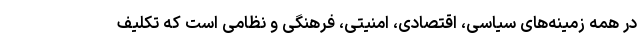
در همه زمینه‌های سیاسی، اقتصادی، امنیتی، فرهنگی و نظامی است که تکلیف